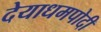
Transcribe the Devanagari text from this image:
देयाधमपोदी